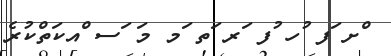
ްށ ަފ ުހ ުފ ަރ ަތ ަމ މަ ަސ ްއކަތްކުރެ